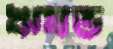
ঋষভ